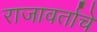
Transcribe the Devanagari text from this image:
राजावर्ताचे